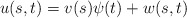
\begin{align*}u(s,t)=v(s)\psi(t)+w(s,t)\end{align*}